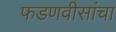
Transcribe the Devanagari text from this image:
फडणवीसांचा